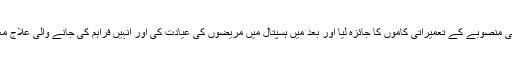
وزیر اعلی نے ہسپتال کے توسیعی منصوبے کے تعمیراتی کاموں کا جائزہ لیا اور بعد میں ہسپتال میں مریضوں کی عیادت کی اور انہیں فراہم کی جانے والی علاج معالجے کی سہولتوں کا معائنہ کیا۔